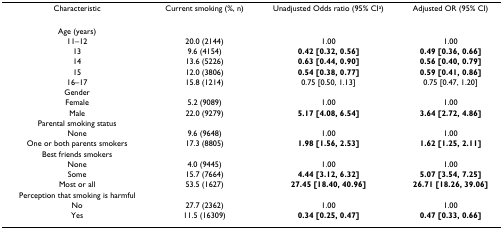
| Characteristic | Current smoking (%, n) | Unadjusted Odds ratio (95% CIa) | Adjusted OR (95% CI) |
 | --- | --- | --- | --- |
 | Age (years) |  |  |  |
 | 11–12 | 20.0 (2144) | 1.00 | 1.00 |
 | 13 | 9.6 (4154) | 0.42 [0.32, 0.56] | 0.49 [0.36, 0.66] |
 | 14 | 13.6 (5226) | 0.63 [0.44, 0.90] | 0.56 [0.40, 0.79] |
 | 15 | 12.0 (3806) | 0.54 [0.38, 0.77] | 0.59 [0.41, 0.86] |
 | 16–17 | 15.8 (1214) | 0.75 [0.50, 1.13] | 0.75 [0.47, 1.20] |
 | Gender |  |  |  |
 | Female | 5.2 (9089) | 1.00 | 1.00 |
 | Male | 22.0 (9279) | 5.17 [4.08, 6.54] | 3.64 [2.72, 4.86] |
 | Parental smoking status |  |  |  |
 | None | 9.6 (9648) | 1.00 | 1.00 |
 | One or both parents smokers | 17.3 (8805) | 1.98 [1.56, 2.53] | 1.62 [1.25, 2.11] |
 | Best friends smokers |  |  |  |
 | None | 4.0 (9445) | 1.00 | 1.00 |
 | Some | 15.7 (7664) | 4.44 [3.12, 6.32] | 5.07 [3.54, 7.25] |
 | Most or all | 53.5 (1627) | 27.45 [18.40, 40.96] | 26.71 [18.26, 39.06] |
 | Perception that smoking is harmful |  |  |  |
 | No | 27.7 (2362) | 1.00 | 1.00 |
 | Yes | 11.5 (16309) | 0.34 [0.25, 0.47] | 0.47 [0.33, 0.66] |